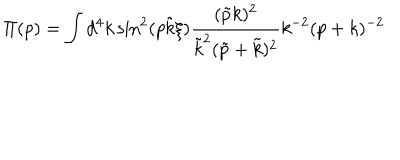
\Pi ( p ) = \int d ^ { 4 } k \sin ^ { 2 } ( p \tilde { k } \xi ) \frac { ( \tilde { p } k ) ^ { 2 } } { \tilde { k } ^ { 2 } ( \tilde { p } + \tilde { k } ) ^ { 2 } } k ^ { - 2 } ( p + k ) ^ { - 2 }